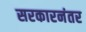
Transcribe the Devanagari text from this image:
सरकारनंतर